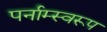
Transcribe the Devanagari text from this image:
पर्नाम्स्वरूप